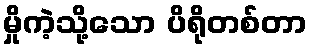
မှိုကဲ့သို့သော ပိရိုတစ်တာ